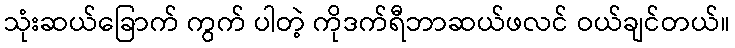
သုံးဆယ်ခြောက် ကွက် ပါတဲ့ ကိုဒက်ရီဘာဆယ်ဖလင် ဝယ်ချင်တယ်။